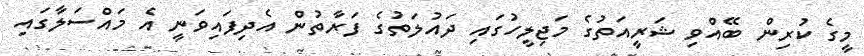
މީގެ ކުރިން ބޭއްވި ޝަރީއަތުގެ މަޖިލީހުގައި ދައުލަތުގެ ފަރާތުން އެދިފައިވަނީ އެ މައްސަލާގައި